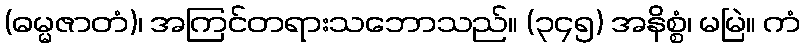
(ဓမ္မဇာတံ)၊ အကြင်တရားသဘောသည်။ (၃၄၅) အနိစ္စံ၊ မမြဲ။ ကံ